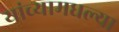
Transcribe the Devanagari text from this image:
यांच्यामधल्या